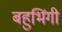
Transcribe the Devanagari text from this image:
बहुभिंगी